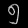
Digit: ၅